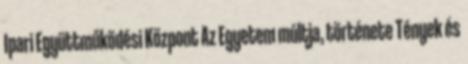
Ipari Együttműködési Központ Az Egyetem múltja, története Tények és